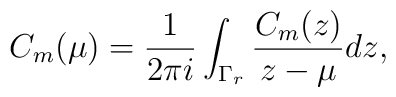
C_m(\mu)={1\over 2\pi i}\int_{\Gamma_r}{C_m(z)\over z-\mu}dz,